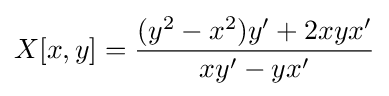
X[x,y]={\frac {(y^{2}-x^{2})y'+2xyx'}{xy'-yx'}}